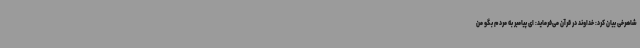
شاهرخی بیان کرد: خداوند در قرآن می‌فرماید: ای پیامبر به مردم بگو من